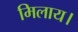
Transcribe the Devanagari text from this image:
मिलाय।